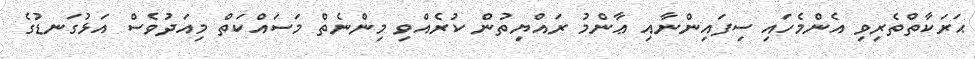
ޙަރަކާތްތެރިވި އެންމެހައި ސިފައިންނާއި ޢާންމު ރައްޔިތުން ކުރެއްވި މިންނެތް މަސައްކަތް މިއަދުވެސް އަޅުގަނޑުގެ